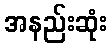
အနည်းဆုံး